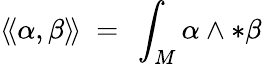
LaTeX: \langle\! \langle\alpha,\beta\rangle\! \rangle\ =\ \int_{M}\alpha\wedge{*\beta}